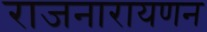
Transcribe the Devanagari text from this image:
राजनारायणन